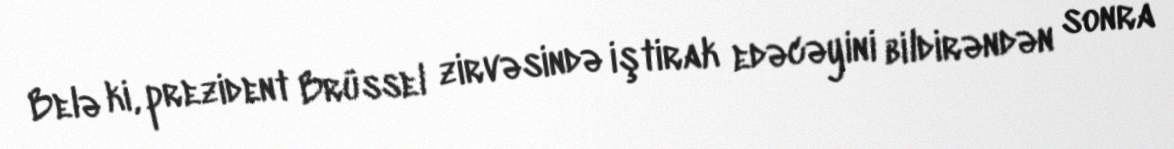
Belə ki, prezident Brüssel zirvəsində iştirak edəcəyini bildirəndən sonra